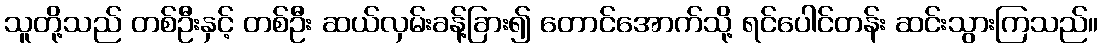
သူတို့သည် တစ်ဦးနှင့် တစ်ဦး ဆယ်လှမ်းခန့်ခြား၍ တောင်အောက်သို့ ရင်ပေါင်တန်း ဆင်းသွားကြသည်။